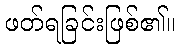
ဖတ်ရခြင်းဖြစ်၏။